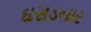
ઘસડનાર